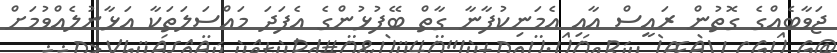
ޖަވާބެއްގެ ގޮތުން ރައީސް އާއި އެމަނިކުފާނާ ގާތް ބޭފުޅުންގެ އެފަދަ މައްސަލަތަކާ އަޅާނުލެއްވުމަށް